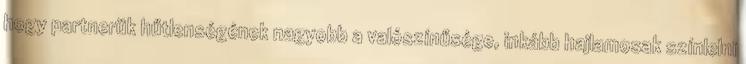
hogy partnerük hűtlenségének nagyobb a valószínűsége, inkább hajlamosak színlelni